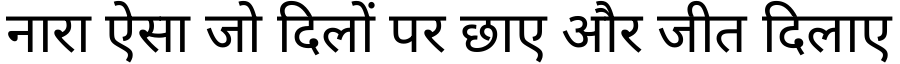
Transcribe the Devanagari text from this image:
नारा ऐसा जो दिलों पर छाए और जीत दिलाए